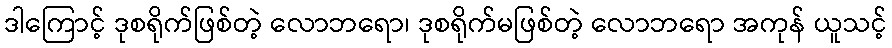
ဒါကြောင့် ဒုစရိုက်ဖြစ်တဲ့ လောဘရော၊ ဒုစရိုက်မဖြစ်တဲ့ လောဘရော အကုန် ယူသင့်